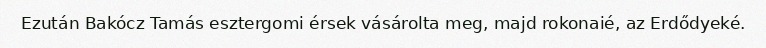
Ezután Bakócz Tamás esztergomi érsek vásárolta meg, majd rokonaié, az Erdődyeké.